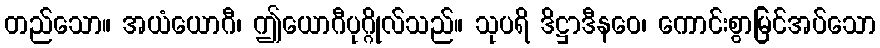
တည်သော။ အယံယောဂီ၊ ဤယောဂီပုဂ္ဂိုလ်သည်။ သုပရိ ဒိဋ္ဌာဒီနဝေ၊ ကောင်းစွာမြင်အပ်သော